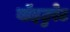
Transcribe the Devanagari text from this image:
वॉइटुरेट